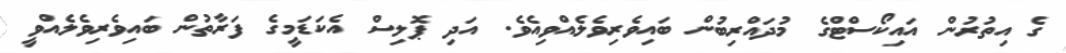
ގެ އިތުރުން އައިކޯސްޓްގެ މުދައްރިބުން ބައިވެރިވެލެއްވިއެވެ. އަދި ޕޮލިސް އެކަޑަމީގެ ފަރާތުން ބައިވެރިވެލެއްވީ